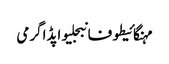
مہنگائیطوفانبجلیواپڈاگرمی